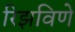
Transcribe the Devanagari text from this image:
रिझविणे